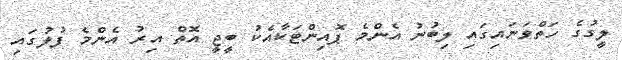
ލީގުގެ ހަތްވަނައިގައި ލިބުނު އެންމެ ޕޮއިންޓަކާއެކު ބީޖީ އޮތް އިރު އެންމެ ފުލުގައި